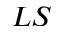
L S